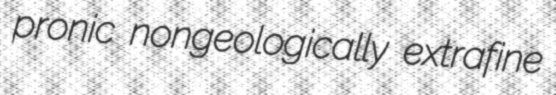
pronic nongeologically extrafine